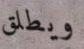
ويطلق